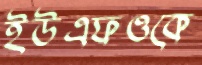
ইউএফওকে